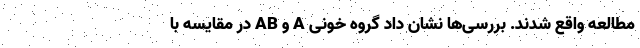
مطالعه واقع شدند. بررسی‌ها نشان داد گروه خونی A و AB در مقایسه با